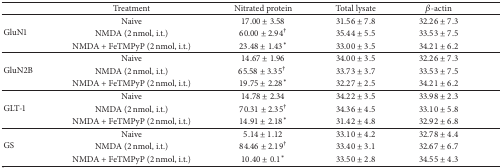
|  | Treatment | Nitrated protein | Total lysate | β-actin |
 | --- | --- | --- | --- | --- |
 | <ROWSPAN=3> GluN1 | Naive | 17.00 ± 3.58 | 31.56 ± 7.8 | 32.26 ± 7.3 |
 | NMDA (2 nmol, i.t.) | 60.00 ± 2.94† | 35.44 ± 5.5 | 33.53 ± 7.5 |
 | NMDA + FeTMPyP (2 nmol, i.t.) | 23.48 ± 1.43* | 33.00 ± 3.5 | 34.21 ± 6.2 |
 | <ROWSPAN=3> GluN2B | Naive | 14.67 ± 1.96 | 34.00 ± 3.5 | 32.26 ± 7.3 |
 | NMDA (2 nmol, i.t.) | 65.58 ± 3.35† | 33.73 ± 3.7 | 33.53 ± 7.5 |
 | NMDA + FeTMPyP (2 nmol, i.t.) | 19.75 ± 2.28* | 32.27 ± 2.5 | 34.21 ± 6.2 |
 | <ROWSPAN=3> GLT-1 | Naive | 14.78 ± 2.34 | 34.22 ± 3.5 | 33.98 ± 2.3 |
 | NMDA (2 nmol, i.t.) | 70.31 ± 2.35† | 34.36 ± 4.5 | 33.10 ± 5.8 |
 | NMDA + FeTMPyP (2 nmol, i.t.) | 14.91 ± 2.18* | 31.42 ± 4.8 | 32.92 ± 6.8 |
 | <ROWSPAN=3> GS | Naive | 5.14 ± 1.12 | 33.10 ± 4.2 | 32.78 ± 4.4 |
 | NMDA (2 nmol, i.t.) | 84.46 ± 2.19† | 33.40 ± 3.1 | 32.67 ± 6.7 |
 | NMDA + FeTMPyP (2 nmol, i.t.) | 10.40 ± 0.1* | 33.50 ± 2.8 | 34.55 ± 4.3 |